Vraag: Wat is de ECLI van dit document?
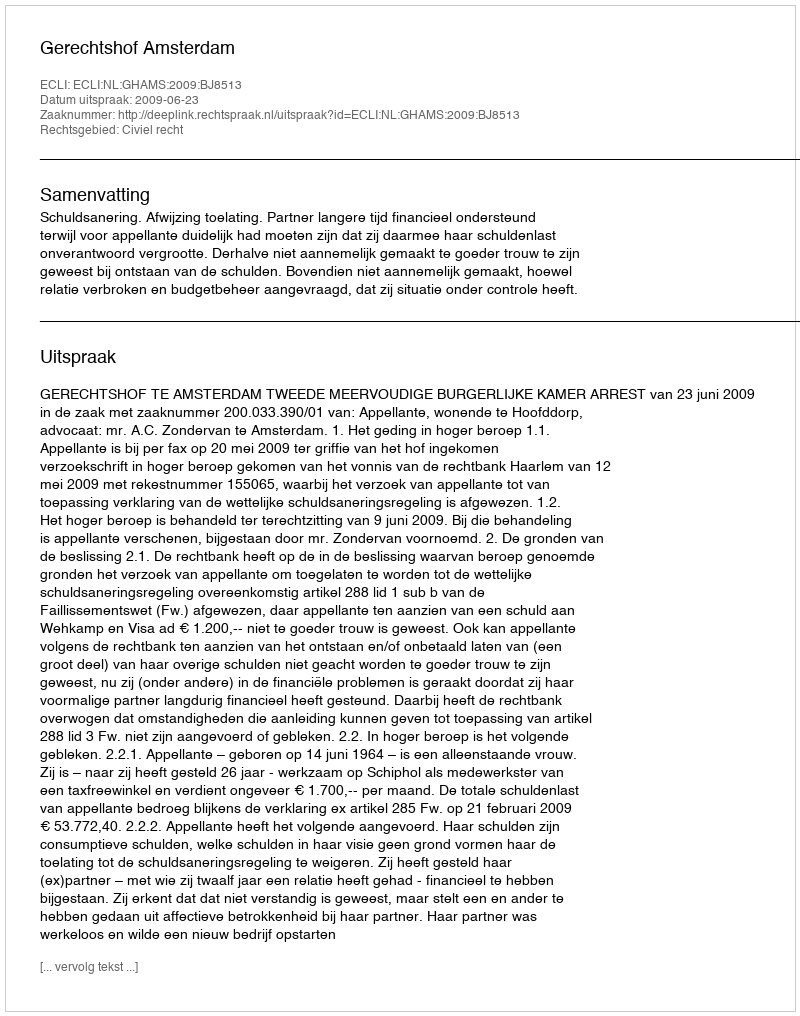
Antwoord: ECLI:NL:GHAMS:2009:BJ8513